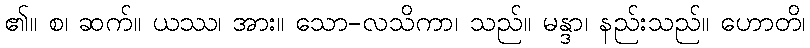
၏။ စ၊ ဆက်။ ယဿ၊ အား။ သော-လသိကာ၊ သည်။ မန္ဒာ၊ နည်းသည်။ ဟောတိ၊